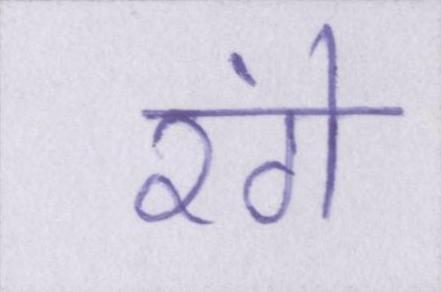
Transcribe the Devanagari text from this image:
रंगे